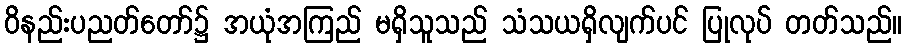
ဝိနည်းပညတ်တော်၌ အယုံအကြည် မရှိသူသည် သံသယရှိလျက်ပင် ပြုလုပ် တတ်သည်။